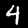
Digit: 4